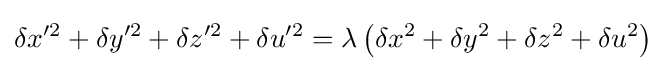
\delta x^{\prime 2}+\delta y^{\prime 2}+\delta z^{\prime 2}+\delta u^{\prime 2}=\lambda \left(\delta x^{2}+\delta y^{2}+\delta z^{2}+\delta u^{2}\right)